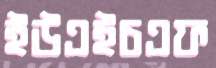
ইউএইচএফ